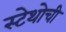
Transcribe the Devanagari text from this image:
स्टेथोची